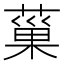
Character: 𦸛